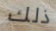
ذلك